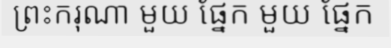
ព្រះករុណា មួយ ផ្នែក មួយ ផ្នែក